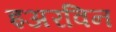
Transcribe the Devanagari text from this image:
इअरविन